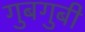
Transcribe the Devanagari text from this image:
गुबगुबी